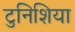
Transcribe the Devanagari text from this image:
टुनिशिया